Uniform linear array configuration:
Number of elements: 4
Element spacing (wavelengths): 0.75
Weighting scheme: blackman
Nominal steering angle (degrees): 15
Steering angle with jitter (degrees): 13.462
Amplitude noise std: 0.05
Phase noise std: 0.05

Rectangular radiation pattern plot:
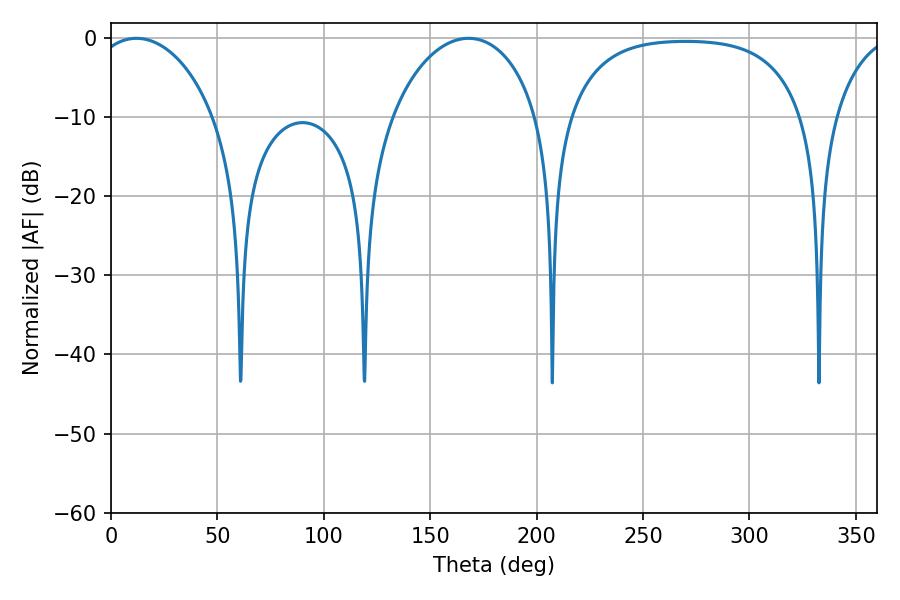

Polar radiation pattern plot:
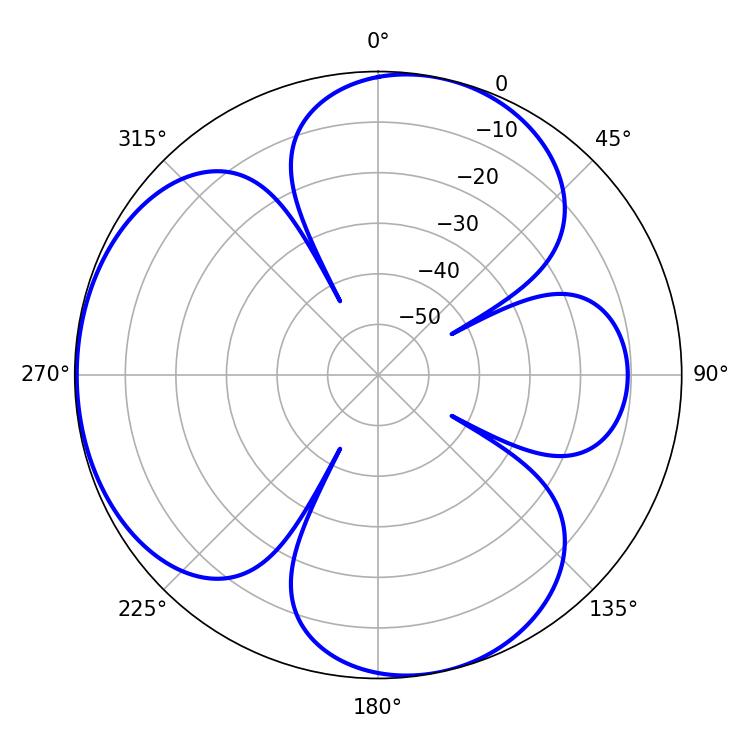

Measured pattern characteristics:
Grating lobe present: TRUE
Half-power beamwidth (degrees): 32.58
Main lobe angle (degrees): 11.88